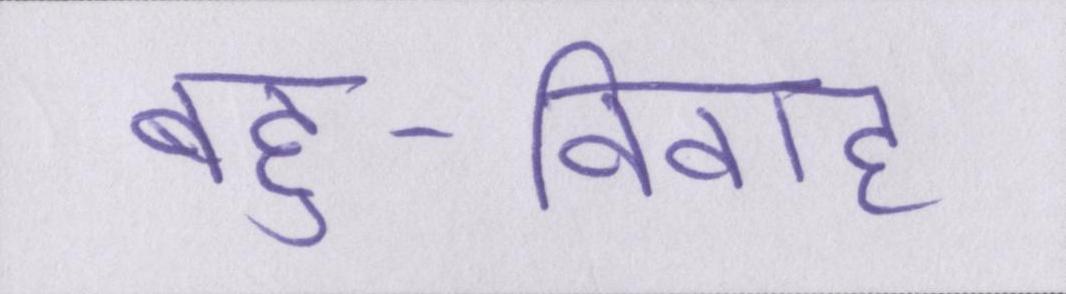
बहु-विवाह